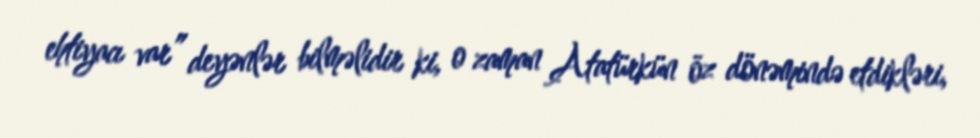
ehtiyacı var” deyənlər bilməlidir ki, o zaman Atatürkün öz dönəmində etdikləri,